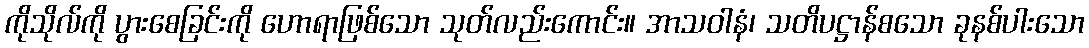
ကိုသိုလ်ကို ပွားစေခြင်းကို ဟောရာဖြစ်သော သုတ်လည်းကောင်း။ အာသဝါနံ၊ သတိပဋ္ဌာန်စသော ခုနစ်ပါးသော